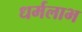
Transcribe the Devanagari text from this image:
धर्मलाभ